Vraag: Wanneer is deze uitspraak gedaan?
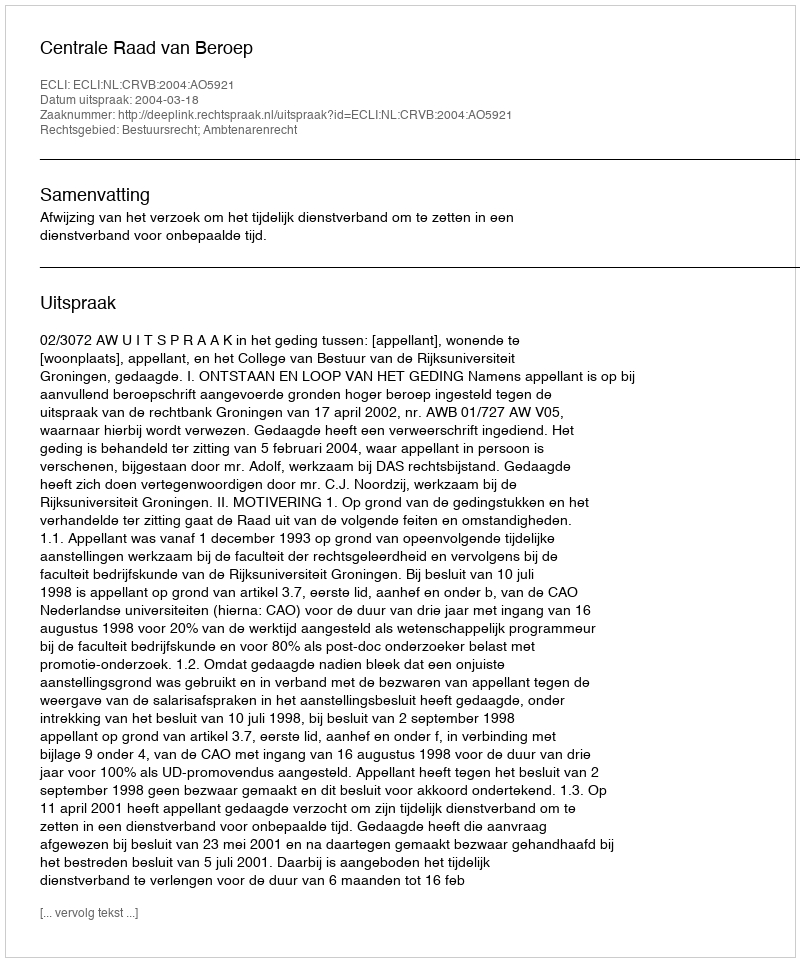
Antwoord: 2004-03-18